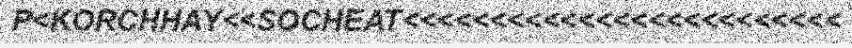
P<KORCHHAY<<SOCHEAT<<<<<<<<<<<<<<<<<<<<<<<<<